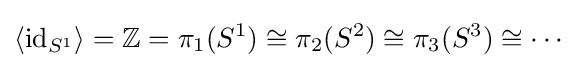
\langle {\text{id}}_{S^{1}}\rangle =\mathbb {Z} =\pi _{1}(S^{1})\cong \pi _{2}(S^{2})\cong \pi _{3}(S^{3})\cong \cdots